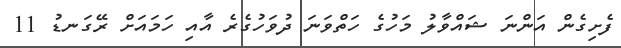
ފެށިގެން އަންނަ ޝައްވާލު މަހުގެ ހަތްވަނަ ދުވަހުގެރެ އާއި ހަމައަށް ރޭގަނޑު 11